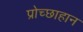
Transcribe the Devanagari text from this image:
प्रोच्छाहान